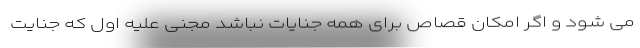
می شود و اگر امکان قصاص برای همه جنایات نباشد مجنی علیه اول که جنایت